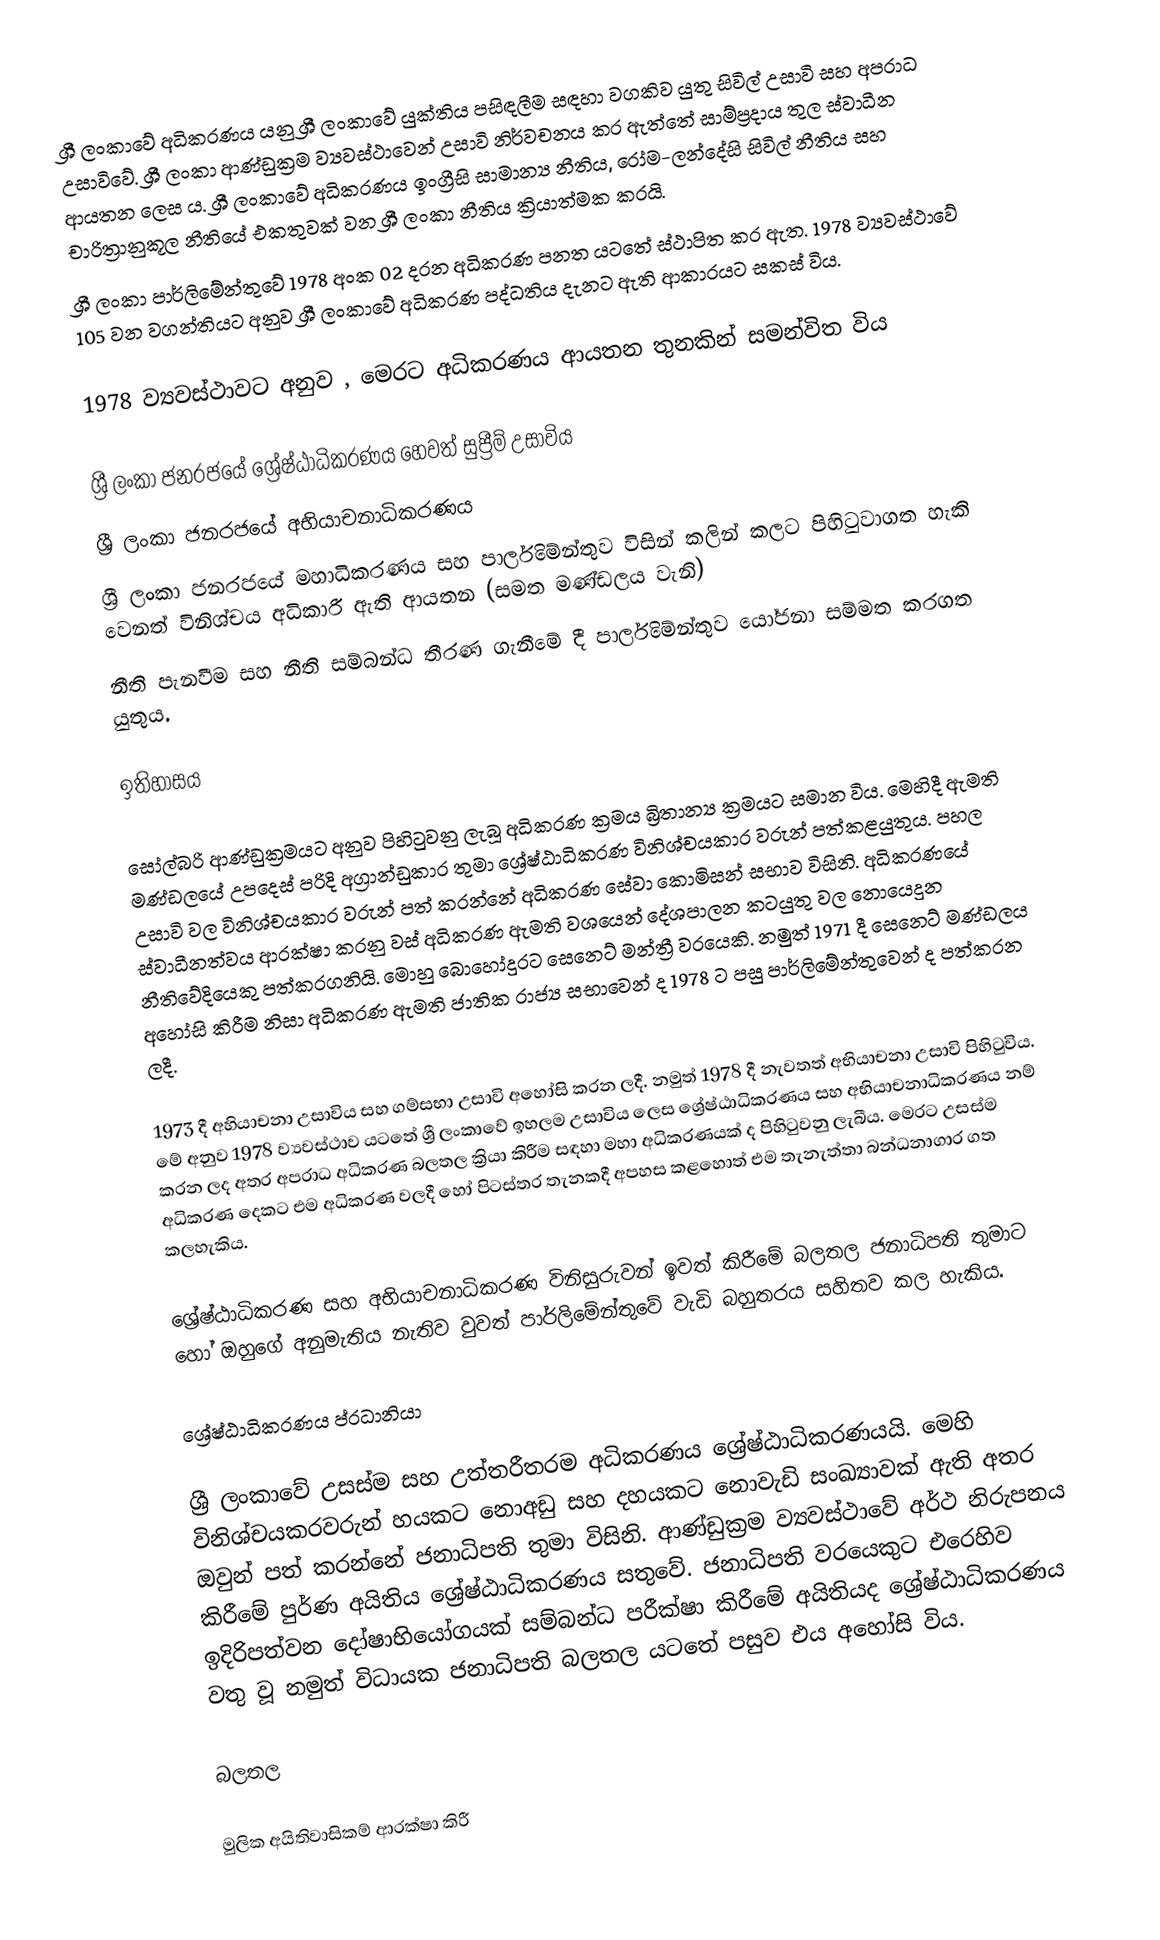
ශ්‍රී ලංකාවේ අධිකරණය යනු ශ්‍රී ලංකාවේ යුක්තිය පසිඳලීම සඳහා වගකිව යුතු සිවිල් උසාවි සහ අපරාධ උසාවිවේ. ශ්‍රී ලංකා ආණ්ඩුක්‍රම ව්‍යවස්ථාවෙන් උසාවි නිර්වචනය කර ඇත්තේ සාම්ප්‍රදාය තුල  ස්වාධීන ආයතන ලෙස ය. ශ්‍රී ලංකාවේ අධිකරණය ඉංග්‍රීසි සාමාන්‍ය නීතිය, රෝම-ලන්දේසි සිවිල් නීතිය සහ චාරිත්‍රානුකූල නීතියේ එකතුවක් වන ශ්‍රී ලංකා නීතිය ක්‍රියාත්මක කරයි.
ශ්‍රී ලංකා පාර්ලිමේන්තුවේ 1978 අංක 02 දරන අධිකරණ පනත යටතේ ස්ථාපිත කර ඇත. 1978 ව්‍යවස්ථාවේ 105 වන වගන්තියට අනුව ශ්‍රී ලංකාවේ අධිකරණ පද්ධතිය දැනට ඇති ආකාරයට සකස් විය.

1978 ව්‍යවස්ථාවට අනුව , මෙරට අධිකරණය ආයතන තුනකින් සමන්විත විය

ශ්‍රී ලංකා ජනරජයේ ශ්‍රේෂ්ඨාධිකරණය හෙවත් සුප්‍රීම් උසාවිය
ශ්‍රී ලංකා ජනරජයේ අභියාචනාධිකරණය
ශ්‍රී ලංකා ජනරජයේ මහාධිකරණය සහ පාර්ලිමේන්තුව විසින් කලින් කලට පිහිටුවාගත හැකි වෙනත් විනිශ්චය අධිකාරී ඇති ආයතන (සමත මණ්ඩලය වැනි)
නීති පැනවීම සහ නීති සම්බන්ධ තීරණ ගැනීමේ දී පාර්ලිමේන්තුව යෝජනා සම්මත කරගත යුතුය.

ඉතිහාසය

සෝල්බරි ආණ්ඩුක්‍රමයට අනුව පිහිටුවනු ලැබූ අධිකරණ ක්‍රමය බ්‍රිතාන්‍ය ක්‍රමයට සමාන විය. මෙහිදී ඇමති මණ්ඩලයේ උපදෙස් පරිදි අග්‍රාන්ඩුකාර තුමා ශ්‍රේෂ්ඨාධිකරණ විනිශ්චයකාර වරුන් පත්කළයුතුය. පහල උසාවි වල විනිශ්චයකාර වරුන් පත් කරන්නේ අධිකරණ සේවා කොමිසන් සභාව විසිනි. අධිකරණයේ ස්වාධීනත්වය ආරක්ෂා කරනු වස් අධිකරණ ඇමති වශයෙන් දේශපාලන කටයුතු වල නොයෙදුන නීතිවේදියෙකු පත්කරගනියි. මොහු බොහෝදුරට සෙනෙට් මන්ත්‍රී වරයෙකි. නමුත් 1971 දී සෙනෙට් මණ්ඩලය අහෝසි කිරීම නිසා අධිකරණ ඇමති ජාතික රාජ්‍ය සභාවෙන් ද 1978 ට පසු පාර්ලිමේන්තුවෙන් ද පත්කරන ලදී.

1973 දී අහියාචනා උසාවිය සහ ගම්සභා උසාවි අහෝසි කරන ලදී. නමුත් 1978 දී නැවතත් අභියාචනා උසාවි පිහිටුවිය. මේ අනුව 1978 ව්‍යවස්ථාව යටතේ ශ්‍රී ලංකාවේ ඉහලම උසාවිය ලෙස ශ්‍රේෂ්ඨාධිකරණය සහ අභියාචනාධිකරණය නම් කරන ලද අතර අපරාධ අධිකරණ බලතල ක්‍රියා කිරීම සඳහා මහා අධිකරණයක් ද පිහිටුවනු ලැබීය. මෙරට උසස්ම අධිකරණ දෙකට එම අධිකරණ වලදී හෝ පිටස්තර තැනකදී අපහස කළහොත් එම තැනැත්තා බන්ධනාගාර ගත කලහැකිය.

ශ්‍රේෂ්ඨාධිකරණ සහ අභියාචනාධිකරණ විනිසුරුවන් ඉවත් කිරීමේ බලතල ජනාධිපති තුමාට හෝ ඔහුගේ අනුමැතිය නැතිව වුවත් පාර්ලිමේන්තුවේ වැඩි බහුතරය සහිතව කල හැකිය.

ශ්‍රේෂ්ඨාධිකරණය ප්රධානියා

ශ්‍රී ලංකාවේ උසස්ම සහ උත්තරීතරම අධිකරණය ශ්‍රේෂ්ඨාධිකරණයයි. මෙහි විනිශ්චයකරවරුන් හයකට නොඅඩු සහ දහයකට නොවැඩි සංඛ්‍යාවක් ඇති අතර ඔවුන් පත් කරන්නේ ජනාධිපති තුමා විසිනි. ආණ්ඩුක්‍රම ව්‍යවස්ථාවේ අර්ථ නිරුපනය කිරීමේ පුර්ණ අයිතිය ශ්‍රේෂ්ඨාධිකරණය සතුවේ. ජනාධිපති වරයෙකුට එරෙහිව ඉදිරිපත්වන දෝෂාභියෝගයක් සම්බන්ධ පරීක්ෂා කිරීමේ අයිතියද ශ්‍රේෂ්ඨාධිකරණය වතු වූ නමුත් විධායක ජනාධිපති බලතල යටතේ පසුව එය අහෝසි විය.

බලතල

මුලික අයිතිවාසිකම් ආරක්ෂා කිරී